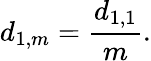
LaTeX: d_{1,m}=\frac{d_{1,1}}{m}.